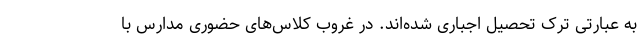
به عبارتی ترک تحصیل اجباری شده‌اند. در غروب کلاس‌های حضوری مدارس با